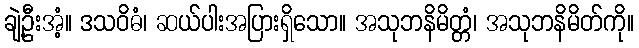
ချဲ့ဦးအံ့။ ဒသဝိဓံ၊ ဆယ်ပါးအပြားရှိသော။ အသုဘနိမိတ္တံ၊ အသုဘနိမိတ်ကို။